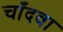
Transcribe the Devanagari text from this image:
चाँदवा